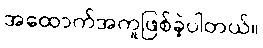
အထောက်အကူဖြစ်ခဲ့ပါတယ်။